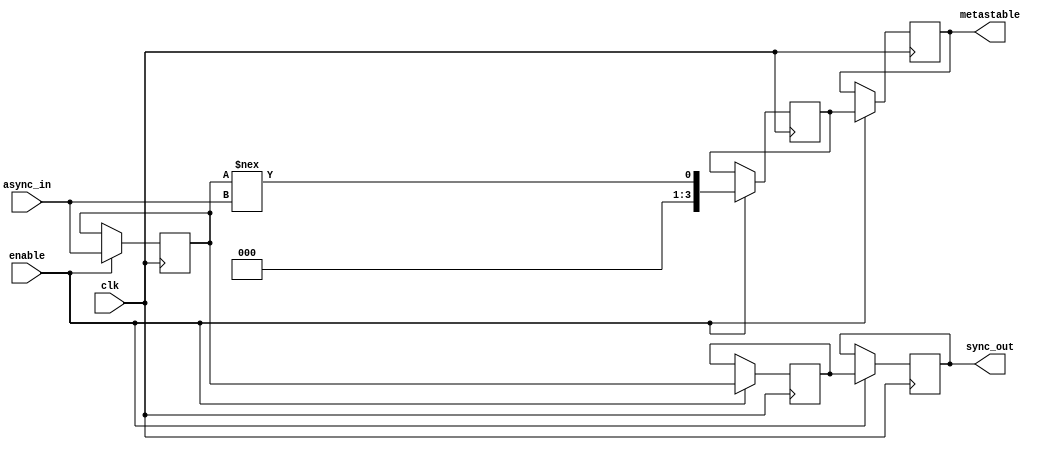
module async_to_sync_converter #(
    parameter NUM_CHANNELS = 4
)(
    input wire clk,                          // Synchronous clock input
    input wire [NUM_CHANNELS-1:0] async_in, // Asynchronous input signals
    input wire enable,                       // Enable signal for synchronizer
    output reg [NUM_CHANNELS-1:0] sync_out, // Synchronized output signals
    output reg [NUM_CHANNELS-1:0] metastable // Metastability indicator
);

    // Dual-flop synchronizer for each channel
    reg [NUM_CHANNELS-1:0] sync_ff1; // First flip-flop stage
    reg [NUM_CHANNELS-1:0] sync_ff2; // Second flip-flop stage

    // Internal signal to detect metastability
    wire [NUM_CHANNELS-1:0] metastable_temp;

    // Synchronization logic
    always @(posedge clk) begin
        if (enable) begin
            sync_ff1 <= async_in; // Sample asynchronous input
            sync_ff2 <= sync_ff1; // Further synchronize
            sync_out <= sync_ff2;  // Output the synchronized signal

            // Detect metastability (if first flip-flop output changes)
            metastable_temp <= (sync_ff1 !== async_in);
            metastable <= metastable_temp;
        end
    end

endmodule